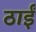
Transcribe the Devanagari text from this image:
ठाईं